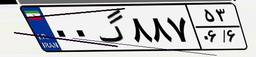
۰۰گ۸۸۷۵۳